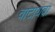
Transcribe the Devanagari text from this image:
वाटायवा